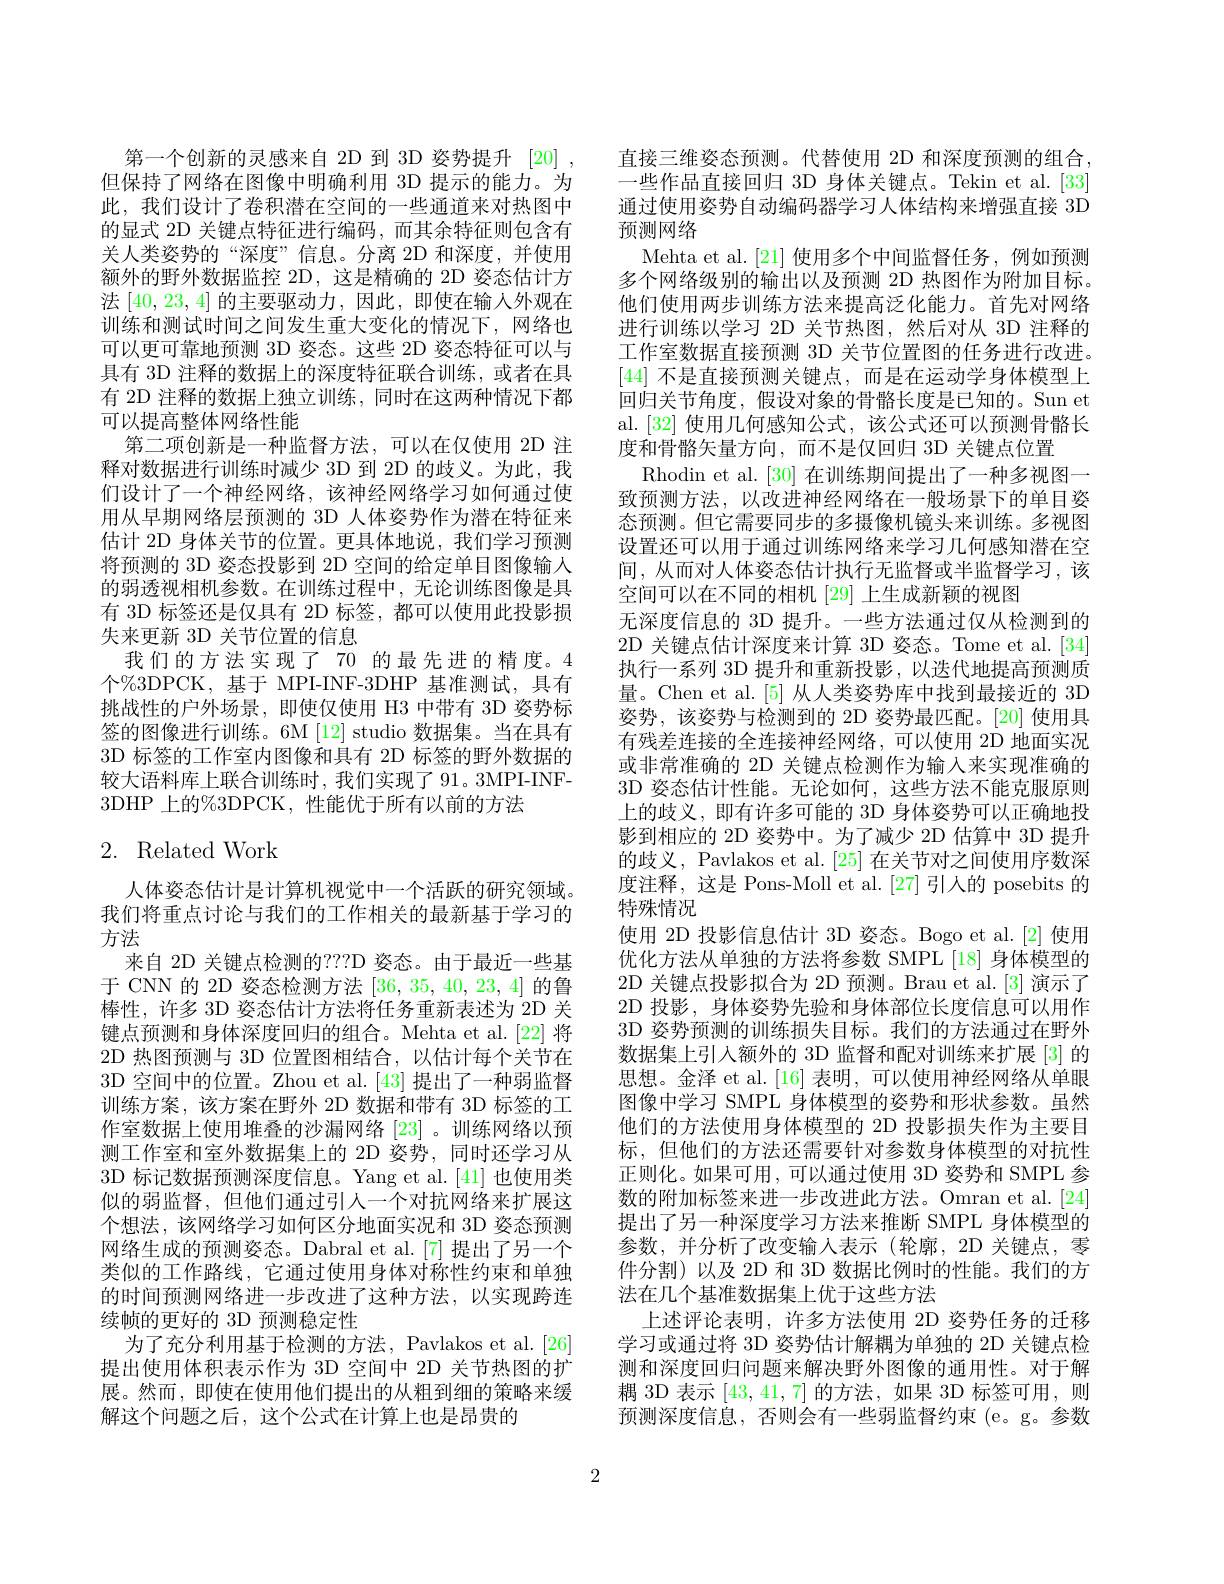
第一个创新的灵感来自 2D 到 3D 姿势提升 [20] , 但保持了网络在图像中明确利用 3D 提示的能力。为此，我们设计了卷积潜在空间的一些通道来对热图中的显式 2D 关键点特征进行编码，而其余特征则包含有关人类姿势的“深度”信息。分离 2D 和深度，并使用额外的野外数据监控 2D,这是精确的 2D 姿态估计方法[40,23,4]的主要驱动力，因此，即使在输入外观在训练和测试时间之间发生重大变化的情况下，网络也可以更可靠地预测 3D 姿态。这些 2D 姿态特征可以与具有 3D 注释的数据上的深度特征联合训练，或者在具有 2D 注释的数据上独立训练，同时在这两种情况下都可以提高整体网络性能
第二项创新是一种监督方法，可以在仅使用 2D 注释对数据进行训练时减少 3D 到 2D 的歧义。为此，我们设计了一个神经网络，该神经网络学习如何通过使用从早期网络层预测的 3D 人体姿势作为潜在特征来估计 2D 身体关节的位置。更具体地说，我们学习预测将预测的 3D 姿态投影到 2D 空间的给定单目图像输入的弱透视相机参数。在训练过程中，无论训练图像是具有 3D 标签还是仅具有 2D 标签，都可以使用此投影损失来更新 3D 关节位置的信息
我们的方法实现了 70 的最先进的精度。4个%3DPCK,基于 MPI-INF-3DHP 基准测试，具有挑战性的户外场景，即使仅使用 H3 中带有 3D 姿势标签的图像进行训练。6M [12] studio 数据集。当在具有3D 标签的工作室内图像和具有 2D 标签的野外数据的较大语料库上联合训练时，我们实现了 91。3MPI-INF- 3DHP 上的%3DPCK,性能优于所有以前的方法

# 2. Related Work

人体姿态估计是计算机视觉中一个活跃的研究领域。我们将重点讨论与我们的工作相关的最新基于学习的方法
来自 2D 关键点检测的？??D 姿态。由于最近一些基于 CNN 的 2D 姿态检测方法[36,35,40,23,4]的鲁棒性，许多 3D 姿态估计方法将任务重新表述为 2D 关键点预测和身体深度回归的组合。Mehta et al.[22] 将2D 热图预测与 3D 位置图相结合，以估计每个关节在3D 空间中的位置。Zhou et al. [43] 提出了一种弱监督训练方案，该方案在野外 2D 数据和带有 3D 标签的工作室数据上使用堆叠的沙漏网络[23]。训练网络以预测工作室和室外数据集上的 2D 姿势，同时还学习从3D 标记数据预测深度信息。Yang et al.[41] 也使用类似的弱监督，但他们通过引人一个对抗网络来扩展这个想法，该网络学习如何区分地面实况和 3D 姿态预测网络生成的预测姿态。Dabral et al.[7]提出了另一个类似的工作路线，它通过使用身体对称性约束和单独的时间预测网络进一步改进了这种方法，以实现跨连续帧的更好的 3D 预测稳定性
为了充分利用基于检测的方法，Pavlakos et al.[26] 提出使用体积表示作为 3D 空间中 2D 关节热图的扩展。然而，即使在使用他们提出的从粗到细的策略来缓解这个问题之后，这个公式在计算上也是昂贵的

直接三维姿态预测。代替使用 2D 和深度预测的组合， 一些作品直接回归 3D 身体关键点。Tekin et al.[33] 通过使用姿势自动编码器学习人体结构来增强直接 3D 预测网络
Mehta et al.[21] 使用多个中间监督任务，例如预测多个网络级别的输出以及预测 2D 热图作为附加目标。他们使用两步训练方法来提高泛化能力。首先对网络进行训练以学习 2D 关节热图，然后对从 3D 注释的工作室数据直接预测 3D 关节位置图的任务进行改进。[44]不是直接预测关键点，而是在运动学身体模型上回归关节角度，假设对象的骨骼长度是已知的。Sun et al.[32] 使用几何感知公式，该公式还可以预测骨骼长度和骨骼矢量方向，而不是仅回归 3D 关键点位置
Rhodin et al. [30]在训练期间提出了一种多视图一致预测方法，以改进神经网络在一般场景下的单目姿态预测。但它需要同步的多摄像机镜头来训练。多视图设置还可以用于通过训练网络来学习几何感知潜在空间，从而对人体姿态估计执行无监督或半监督学习，该空间可以在不同的相机 [29] 上生成新颖的视图
无深度信息的 3D 提升。一些方法通过仅从检测到的2D 关键点估计深度来计算 3D 姿态。Tome et al.[34] 执行一系列 3D 提升和重新投影，以迭代地提高预测质量。Chen et al.[5] 从人类姿势库中找到最接近的 3D 姿势，该姿势与检测到的 2D 姿势最匹配。[20] 使用具有残差连接的全连接神经网络，可以使用 2D 地面实况或非常准确的 2D 关键点检测作为输入来实现准确的3D 姿态估计性能。无论如何，这些方法不能克服原则上的歧义，即有许多可能的 3D 身体姿势可以正确地投影到相应的 2D 姿势中。为了减少 2D 估算中 3D 提升的歧义，Pavlakos et al. [25]在关节对之间使用序数深度注释，这是 Pons-Moll et al.[27] 引人的 posebits 的特殊情况
使用 2D 投影信息估计 3D 姿态。Bogo et al.[2] 使用优化方法从单独的方法将参数 SMPL [18] 身体模型的2D 关键点投影拟合为 2D 预测。Brau et al.[3] 演示了2D 投影，身体姿势先验和身体部位长度信息可以用作3D 姿势预测的训练损失目标。我们的方法通过在野外数据集上引人额外的 3D 监督和配对训练来扩展[3] 的思想。金泽 et al.[16] 表明，可以使用神经网络从单眼图像中学习 SMPL 身体模型的姿势和形状参数。虽然他们的方法使用身体模型的 2D 投影损失作为主要目标，但他们的方法还需要针对参数身体模型的对抗性正则化。如果可用，可以通过使用 3D 姿势和 SMPL 参数的附加标签来进一步改进此方法。Omran et al.[24] 提出了另一种深度学习方法来推断 SMPL 身体模型的参数，并分析了改变输入表示(轮廓，2D 关键点，零件分割)以及 2D 和 3D 数据比例时的性能。我们的方法在几个基准数据集上优于这些方法
上述评论表明，许多方法使用 2D 姿势任务的迁移学习或通过将 3D 姿势估计解耦为单独的 2D 关键点检测和深度回归问题来解决野外图像的通用性。对于解耦 3D 表示[43,41,7]的方法，如果 3D 标签可用，则预测深度信息，否则会有一些弱监督约束(e。g。参数

2